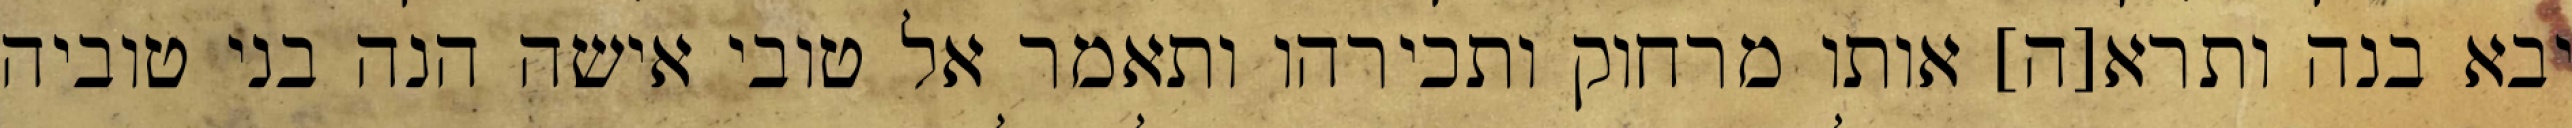
יבא בנה ותרא[ה] אותו מרחוק ותכירהו ותאמר אל טובי אישה הנה בני טוביה